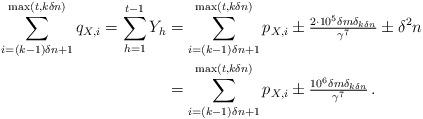
LaTeX: \begin{align*} \sum_{i=(k-1)\delta n+1}^{\max(t,k\delta n)}q_{X,i}=\sum_{h=1}^{t-1}Y_h&=\sum_{i=(k-1)\delta n+1}^{\max(t,k\delta n)}p_{X,i}\pm\tfrac{2\cdot 10^5\delta m \delta_{k\delta n}}{\gamma^7}\pm \delta^2 n\\ &=\sum_{i=(k-1)\delta n+1}^{\max(t,k\delta n)}p_{X,i}\pm\tfrac{10^6\delta m \delta_{k\delta n}}{\gamma^7}\,. \end{align*}